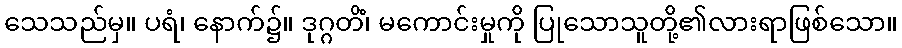
သေသည်မှ။ ပရံ၊ နောက်၌။ ဒုဂ္ဂတိံ၊ မကောင်းမှုကို ပြုသောသူတို့၏လားရာဖြစ်သော။